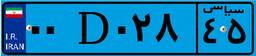
۹۸D۷۸۲۸۷